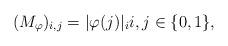
LaTeX: \begin{align*}(M_\varphi) _{i,j} = |\varphi(j)|_i i,j\in \{0,1\},\end{align*}